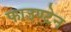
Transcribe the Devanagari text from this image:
फाउण्टेन